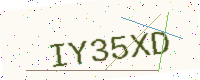
Text: IY35XD